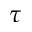
\tau